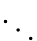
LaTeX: \ddots